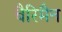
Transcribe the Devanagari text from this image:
बैरिमैन